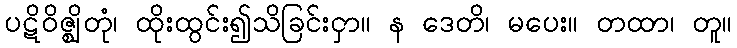
ပဋိဝိဇ္ဈိတုံ၊ ထိုးထွင်း၍သိခြင်းငှာ။ န ဒေတိ၊ မပေး။ တထာ၊ တူ။